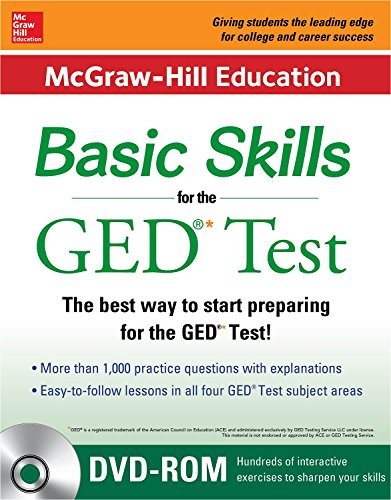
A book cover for McGraw-Hill Education Basic Skills for the GED Test with DVD (Book + DVD Set) (Mcgraw Hill's Pre Ged); McGraw-Hill Education; Test Preparation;